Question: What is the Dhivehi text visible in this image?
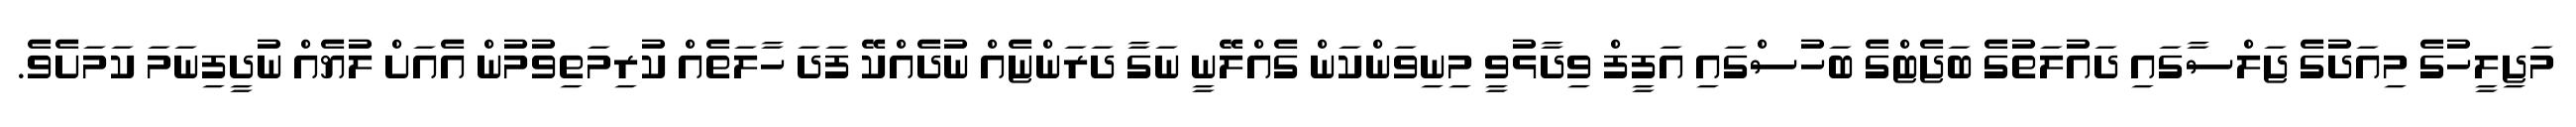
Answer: މަޖިލީހުގެ މިއަދުގެ ޖަލްސާގައި ދައުލަތުގެ ބަޖެޓްގެ ބަހުސްގައި އަފީފް ވިދާޅުވީ މިނިވަންކަން ގެއްލޭނީ ނަގާ ދަރަންޏެއް ނުދެއްކޭ ފަދަ ހާލަތެއް ކުރިމަތިވުމުން އެއަށް ލުޔެއް ނުދީފިނަމަ ކަމަށެވެ.